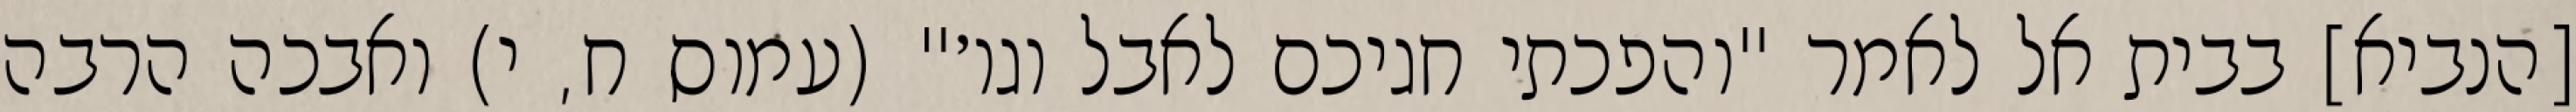
[הנביא] בבית אל לאמר "והפכתי חגיכם לאבל וגו׳" (עמוס ח, י) ואבכה הרבה